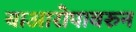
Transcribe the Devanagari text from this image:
याआरोपावरुन